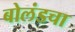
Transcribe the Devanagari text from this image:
बोलंडचा